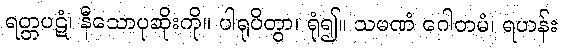
ရတ္တပဋံ၊ နီသောပုဆိုးကို။ ပါရုပိတွာ၊ ရုံ၍။ သမဏံ ဂေါတမံ၊ ရဟန်း